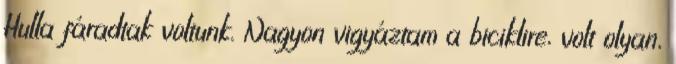
Hulla fáradtak voltunk. Nagyon vigyáztam a biciklire, volt olyan,